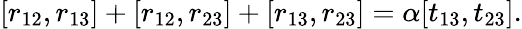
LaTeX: [r_{12},r_{13}]+[r_{12},r_{23}]+[r_{13},r_{23}]=\alpha[t_{13},t_{23}].